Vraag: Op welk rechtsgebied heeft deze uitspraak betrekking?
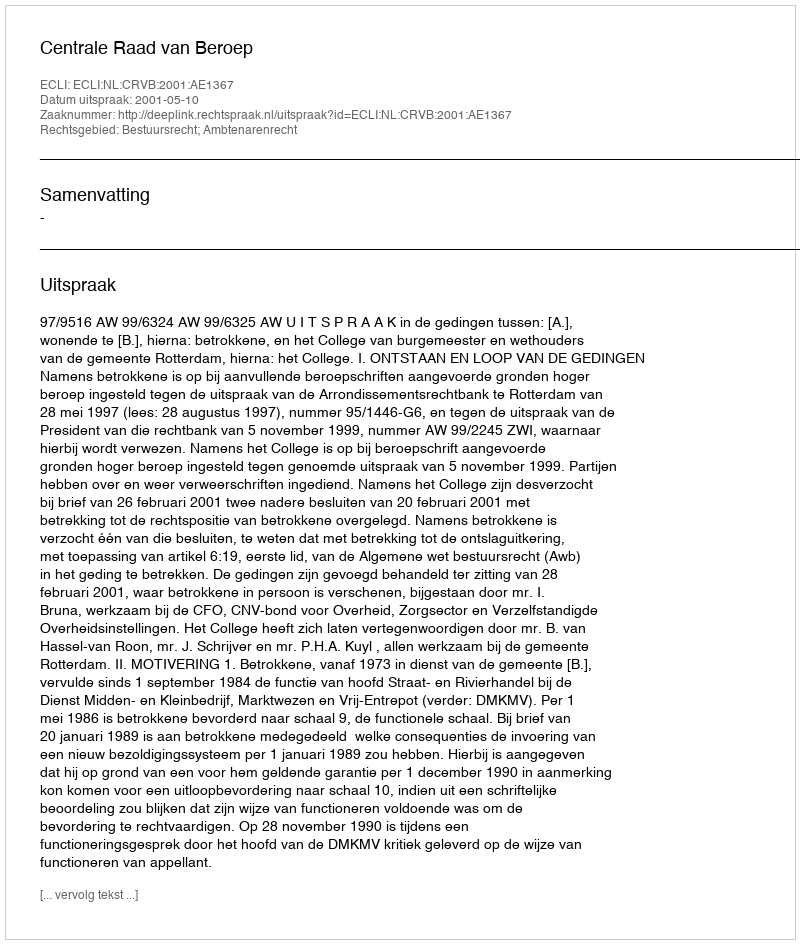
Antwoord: Bestuursrecht; Ambtenarenrecht